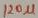
Text: 120µ